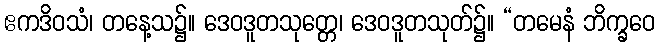
ဧကဒိဝသံ၊ တနေ့သ၌။ ဒေဝဒူတသုတ္တေ၊ ဒေဝဒူတသုတ်၌။ “တမေနံ ဘိက္ခဝေ